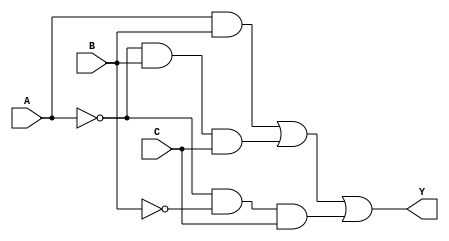
module combinational_logic (
    input wire A,        // Input A
    input wire B,        // Input B
    input wire C,        // Input C
    output wire Y        // Output Y
);

// Define the output Y based on the specified conditions and don't care conditions
// Let's assume the following truth table:
// A B C | Y
// 0 0 0 | 0
// 0 0 1 | 1
// 0 1 0 | X (don't care)
// 0 1 1 | 1
// 1 0 0 | 0
// 1 0 1 | X (don't care)
// 1 1 0 | 1
// 1 1 1 | 1

assign Y = (A == 1 && B == 1) || // When A=1, B=1 => Y=1
           (A == 0 && B == 1 && C == 1) || // When A=0, B=1, C=1 => Y=1
           (A == 0 && B == 0 && C == 1); // When A=0, B=0, C=1 => Y=1

endmodule